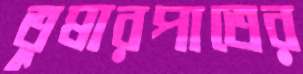
তুষারপাতের